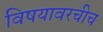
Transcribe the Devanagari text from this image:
विषयावरचीच